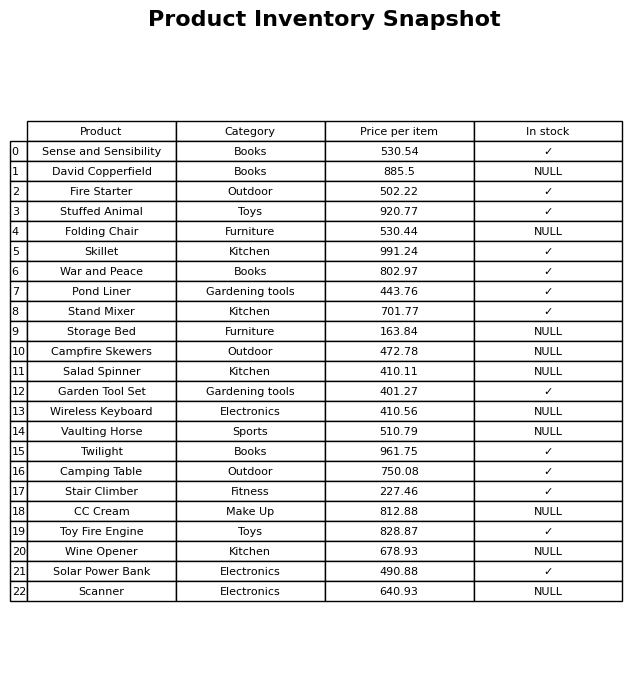
question: What is the price of the Toy Fire Engine?
answer: The price of Toy Fire Engine is 828.87.